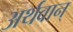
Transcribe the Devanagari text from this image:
अर्थवान्